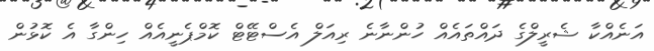
އަނެއްކާ ޝެރީލްގެ ދައްތައެއް ހުންނާނެ ރިއަލް އެސްޓޭޓް ކޮމްޕެނީއެއް ހިންގާ އެ ކޮޅުން